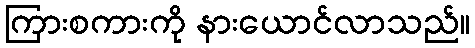
ကြားစကားကို နားယောင်လာသည်။